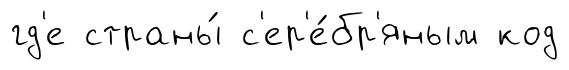
гд'е страны́ с'ер'е́бр'яным код